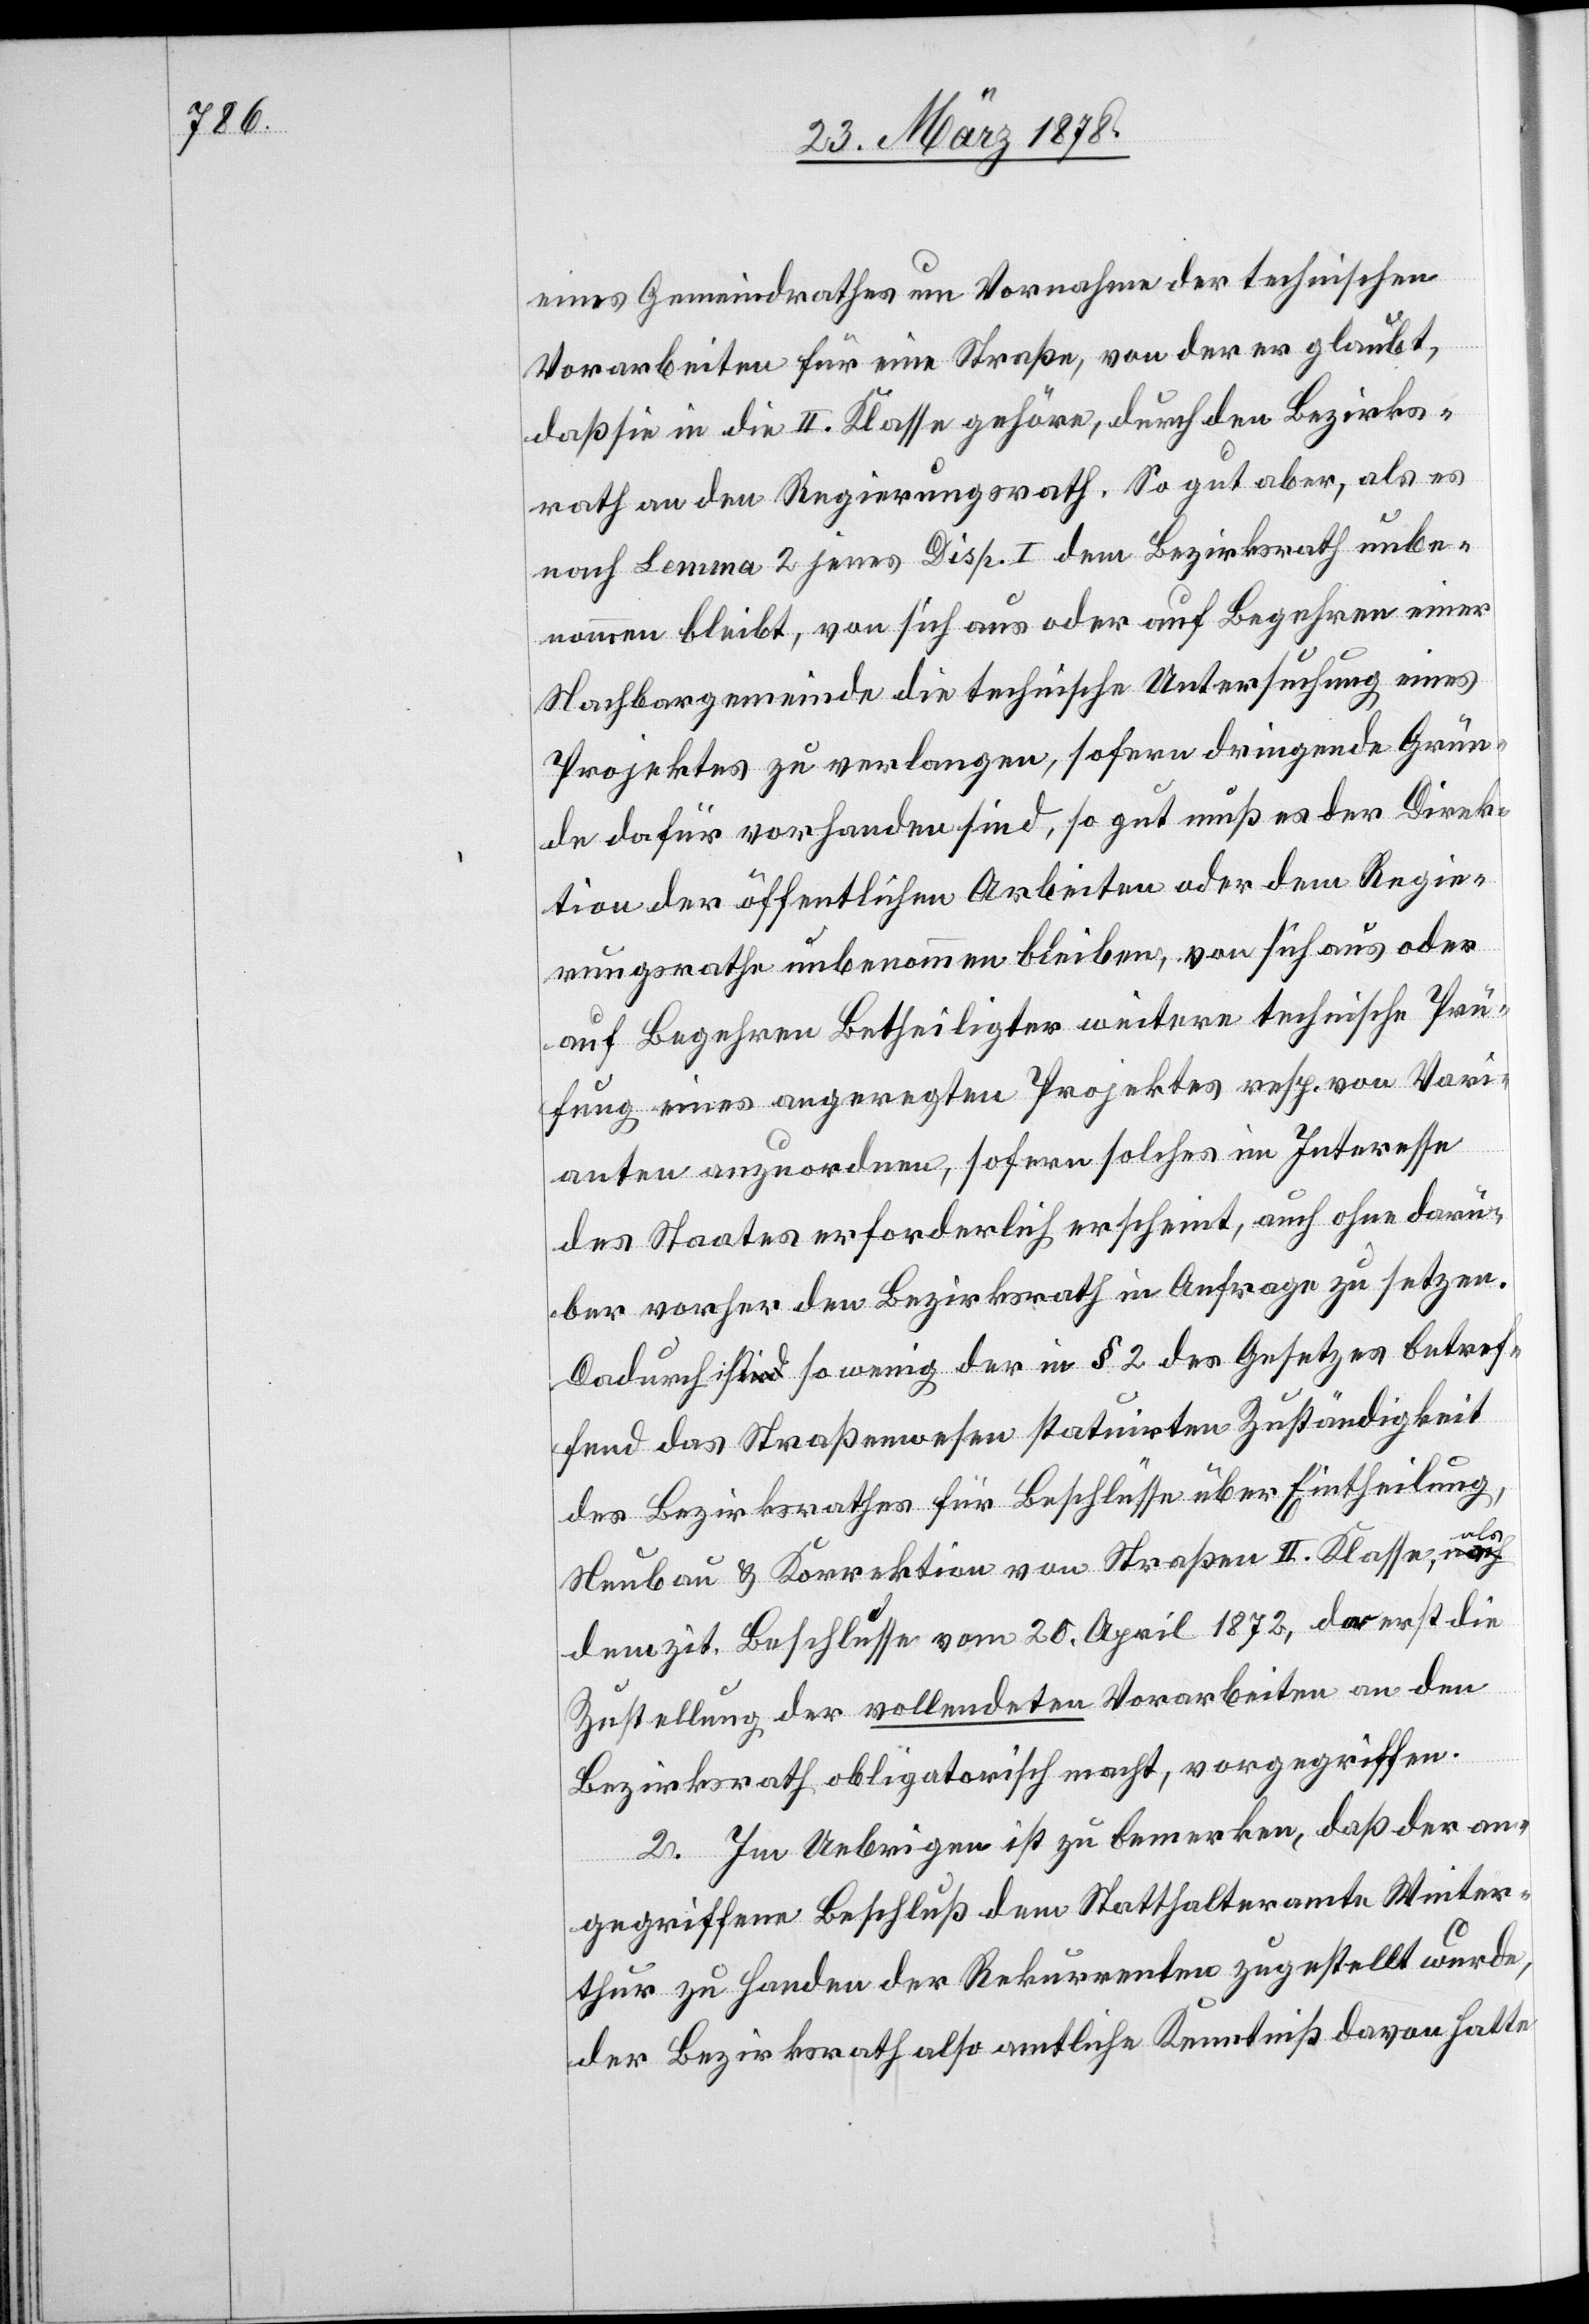
eines Geimeindrathes um Vornahme der technischen
Vorarbeiten für eine Straße, von der er glaubt,
daß sie in die II. Klasse gehöre, durch den Bezirks¬
rath an den Regierungsrath. So gut aber, als es
nach Lemma 2 jener Disp. I dem Bezirksrath unbe¬
nommen bleibt, von sich aus oder auf Begehren einer
Nachbargemeinde die technische Untersuchung eines
Projektes zu verlangen, sofern dringende Grün¬
de dafür vorhanden sind, so gut muß es der Direk¬
tion der öffentlichen Arbeiten oder dem Regie¬
rungsrathe unbenommen bleiben, von sich aus oder
auf Begehren Betheiligter weitere technische Prü¬
fung eines angeregten Projektes resp. von Vari¬
anten anzuordnen, sofern solches im Interesse
des Staates erforderlich erscheint, auch ohne darü¬
ber vorher den Bezirksrath in Anfrage zu setzen.
Dadurch ist so wenig der in § 2 des Gesetzes betref¬
fend das Straßenwesen statuirten Zuständigkeit
des Bezirksrathes für Beschlüsse über Eintheilung,
Neubau & Korrektion von Straßen II. Klasse, als
dem zit. Beschlusse vom 20. April 1872, da erst die
Zustellung der vollendeten Vorarbeiten an den
Bezirksrath obligatorisch macht, vorgegriffen.
2. Im Uebrigen ist zu bemerken, daß der an¬
gegriffene Beschluß dem Statthalteramte Winter¬
thur zu Handen der Rekurrenten zugestellt wurde,
der Bezirksrath also amtliche Kenntniß davon hatte